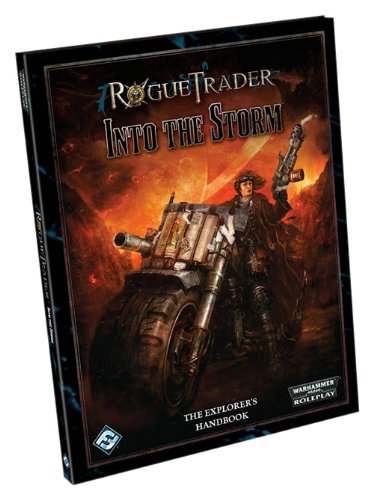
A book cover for Rogue Trader: Into the Storm; Fantasy Flight Games; Science Fiction & Fantasy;